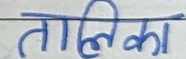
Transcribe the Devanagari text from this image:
तालिका